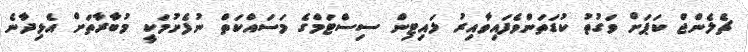
ޗެލެންޖް ކަޕަށް ވަގުތު ކުޑަތަންވެފައިވާއިރު ލައިޓިން ސިސްޓަމްގެ މަސައްކަތް ނުފެށުމަކީ މުބާރާތަށް އެޅިދާނެ